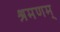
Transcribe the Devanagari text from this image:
श्रमणम्